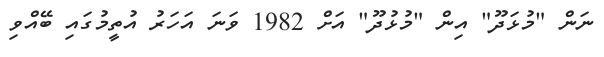
ނަން "މުޅަދޫ" އިން "މުޅުދޫ" އަށް 1982 ވަނަ އަހަރު އުތީމުގައި ބޭއްވި